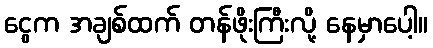
ငွေက အချစ်ထက် တန်ဖိုးကြီးလို့ နေမှာပေါ့။